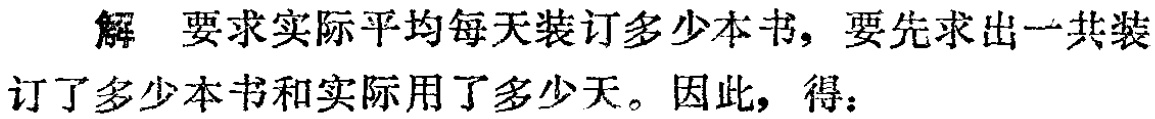
解 要求实际平均每天装订多少本书，要先求出一共装订了多少本书和实际用了多少天。因此，得：